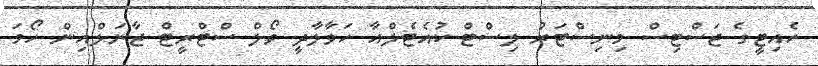
ހެއިޓީގެ ޖަސްޓިސް މިނިސްޓަރު ލިސްޓް ކުއެޓެލްއާ ހަވާލާދީ ވޯލް ސްޓްރީޓް ޖާނަލްއިން ހޯމަ